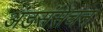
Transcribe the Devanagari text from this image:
अंडसंसेचन